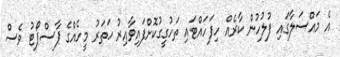
އެ މައްސަލާގައި ފުލުހުން ކާރެއް ހިފަހައްޓައި ތަހުގީގުކޮށްފައިވާއިރު ހަތަރު މީހެއްގެ ޕާސްޕޯޓު ވެސް